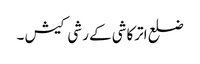
ضلع اترکاشی کے رشی کیش ۔